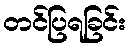
တင်ပြရခြင်း